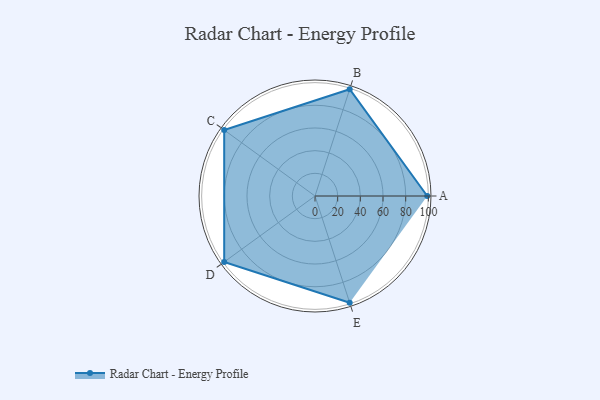
{"axis": {"x": "Skill", "y": "Score"}, "legend": ["Profile"], "data": [{"x": "A", "y": 99.0, "type": "Profile"}, {"x": "B", "y": 99, "type": "Profile"}, {"x": "C", "y": 99, "type": "Profile"}, {"x": "D", "y": 99, "type": "Profile"}, {"x": "E", "y": 99, "type": "Profile"}]}